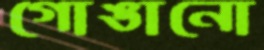
গোঙানো